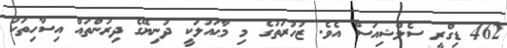
462 ޑިގްރީ ސެލްޝިއަސް އެވެ. ޒުހުރަތުގެ މި މާޙައުލަކީ ދުނިޔޭގެ ދިރުންތައް އިސާހިތަކު